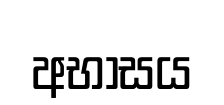
අභාසය